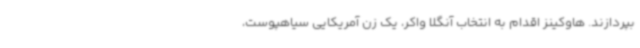
بپردازند. هاوکینز اقدام به انتخاب آنگلا واکر، یک زن آمریکایی سیاهپوست،